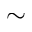
\sim